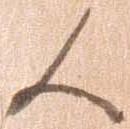
候